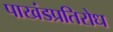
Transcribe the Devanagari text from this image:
पाखंडप्रतिरोध